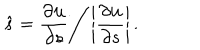
LaTeX: \hat { s } = \frac { \partial { \bf u } } { \partial s } \bigg / \left| \frac { \partial { \bf u } } { \partial s } \right| .